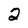
Character: 2